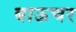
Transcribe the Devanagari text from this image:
बाऊचर